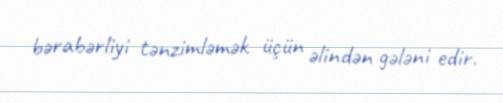
bərabərliyi tənzimləmək üçün əlindən gələni edir.